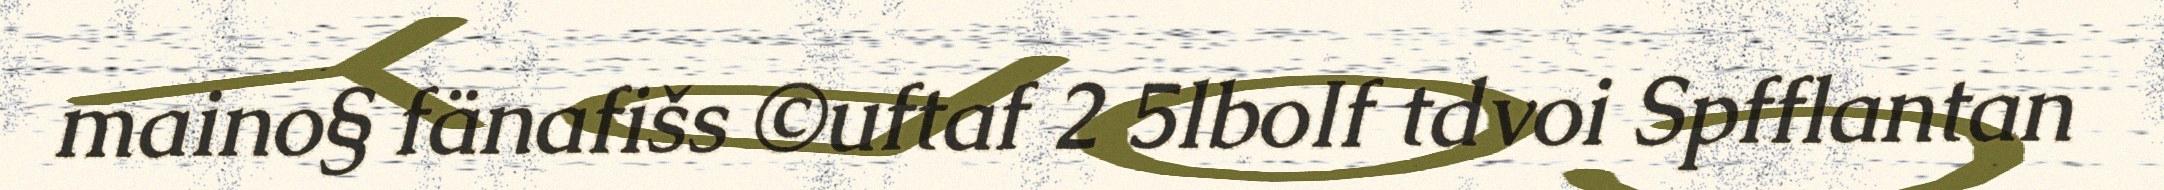
maino§ fänafišs ©uftaf 2 5lboIf tdvoi Spfflantan